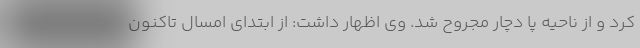
کرد و از ناحیه پا دچار مجروح شد. وی اظهار داشت: از ابتدای امسال تاکنون